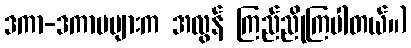
ဒကာ-ဒကာမများက အလွန် ကြည်ညိုကြပါတယ်။)